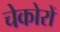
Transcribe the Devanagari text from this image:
चेकोरों